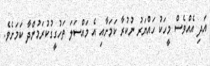
އަދި އެއްވެސް މީހަކު ހައްޔަރު ނުކުރާ ކަމަށާއި އެ މައްސަލަ ތަހުގީގުކުރަމުންދާ ކަމަށެވެ.